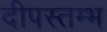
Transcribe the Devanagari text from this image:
दीपस्तम्भ